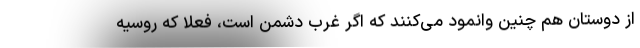
از دوستان هم چنین وانمود می‌کنند که اگر غرب دشمن است، فعلا که روسیه